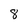
Character: 8